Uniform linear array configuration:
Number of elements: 48
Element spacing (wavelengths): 0.5
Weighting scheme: hann
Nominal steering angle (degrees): -30
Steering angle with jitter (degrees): -28.431
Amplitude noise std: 0.05
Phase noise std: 0.05

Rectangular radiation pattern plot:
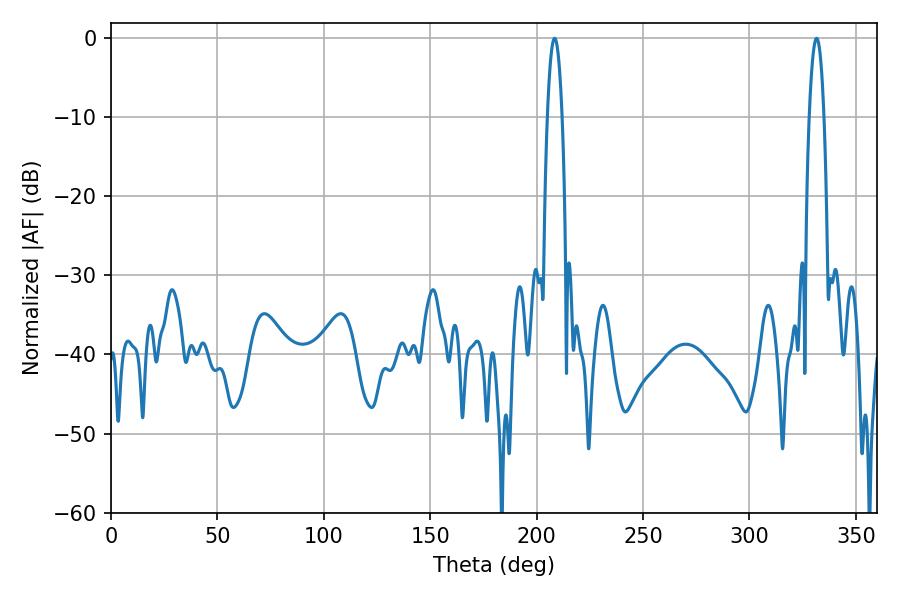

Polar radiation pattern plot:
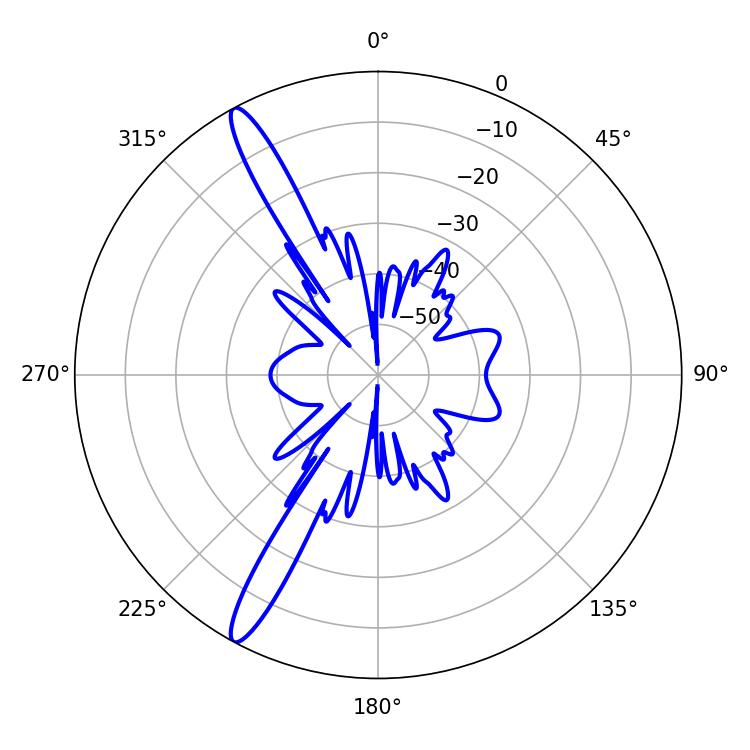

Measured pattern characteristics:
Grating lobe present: FALSE
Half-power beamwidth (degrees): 3.78
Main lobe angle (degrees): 208.44